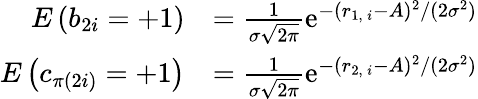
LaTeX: \begin{array}{rl}{E\left(b_{2i}=+1\right)}&{=\frac{1}{\sigma\sqrt{2\pi}}\mathrm{e}^{-(r_{1,\, i}-A)^{2}/(2\sigma^{2})}}\\ {E\left(c_{\pi(2i)}=+1\right)}&{=\frac{1}{\sigma\sqrt{2\pi}}\mathrm{e}^{-(r_{2,\, i}-A)^{2}/(2\sigma^{2})}}\end{array}